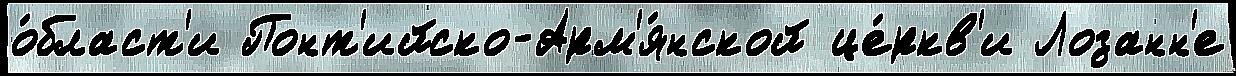
о́бласт'и Понт'ийско-Арм'я́нской це́ркв'и Лозанн'е